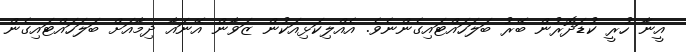
އީނާ ހުރީ ކުޑަދޮރުން ބޭރު ބަލަހައްޓައިގެންނެވެ. އެއްލިކަޅިއަކުން ޒަވާން އޭނައާ ދިމާއަށް ބަލަހައްޓައިގެން